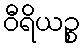
ဝီရိယဉ္စ